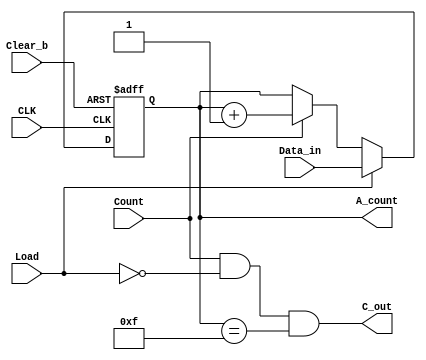
// Four-bit binary counter with parallel load (V2001, 2005)
// See Figure 6.14 and Table 6.6
module Example7 (
output reg [3: 0] A_count, // Data output
output C_out, // Output carry
input [3: 0] Data_in, // Data input
input Count, // Active high to count
Load, // Active high to load
CLK, // Positive-edge sensitive
Clear_b // Active low
);
	assign C_out = Count && (~Load) && (A_count == 4'b1111);
	always @ ( posedge CLK, negedge Clear_b)
	if (~Clear_b) A_count <= 4'b0000;
	else if (Load) A_count <= Data_in;
	else if (Count) A_count <= A_count + 1'b1;
	else A_count <= A_count; // redundant statement
endmodule